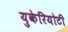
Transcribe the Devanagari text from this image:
युकेरियोटी